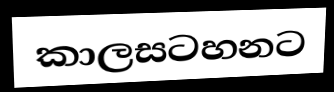
කාලසටහනට